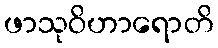
ဖာသုဝိဟာရောတိ